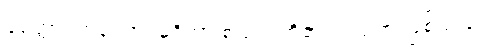
မေတ္တာ၊ ကရုဏာ၊ မုဒိတာ စသည်တို့၏ တည်ရာ ဖြစ်သည်။